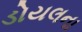
ડોયલના